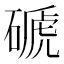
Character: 磃